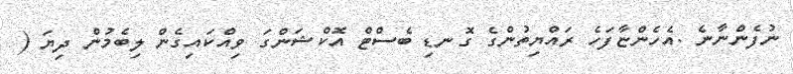
ނުފެންނާނެ .އެހެންޏާފަހެ ރައްޔިތުންގެ ގޮނޑި ބެސްޓް އޮކްޝަންގަ ވިއްކައިގެން ލިބެމުން ދިޔަ (